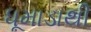
ધૂમાડાથી